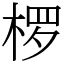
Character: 椤